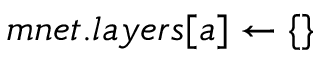
m n e t . l a y e r s [ a ] \gets \{ \}